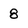
Character: 8